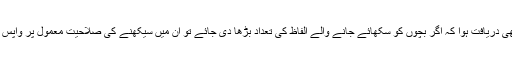
مطالعے سے یہ بھی دریافت ہوا کہ اگر بچوں کو سکھائے جانے والے الفاظ کی تعداد بڑھا دی جائے تو ان میں سیکھنے کی صلاحیت معمول پر واپس لائی جاسکتی ہے۔